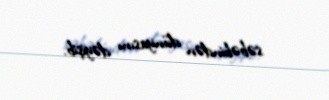
səbəbindən dünyasını dəyişib.